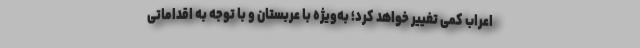
اعراب کمی تغییر خواهد کرد؛ به‌ویژه با عربستان و با توجه به اقداماتی